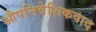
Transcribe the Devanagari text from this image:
औपनिवेशिकवाद